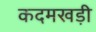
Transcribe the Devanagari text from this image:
कदमखड़ी